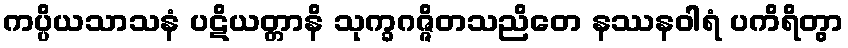
ကပ္ပိယသာသနံ ပဋိယတ္တာနိ သုက္ခဂဇ္ဇိတသညိတေ နဿနဝါရံ ပကိရိတွာ